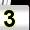
Digit: 3